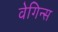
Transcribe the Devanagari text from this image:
वेगिन्स